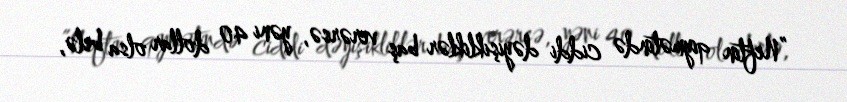
”Neftin qiymətində ciddi dəyişikliklər baş verərsə, yəni 40 dollar olsa belə,